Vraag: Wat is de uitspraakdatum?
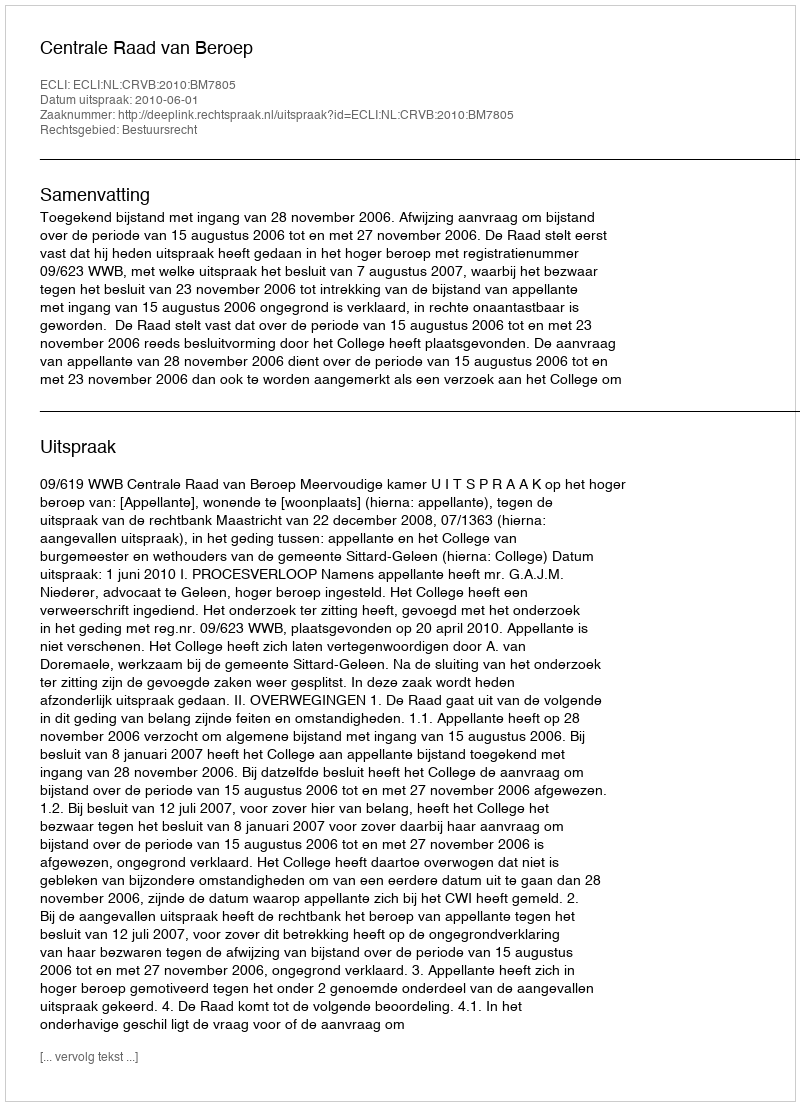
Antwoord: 2010-06-01